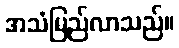
အသံမြည်လာသည်။